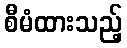
စီမံထားသည့်